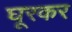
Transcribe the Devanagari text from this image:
घूरकर